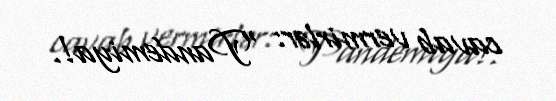
cavab vermirlər: “Pandemiya!.